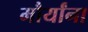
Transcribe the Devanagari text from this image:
मौर्यांना